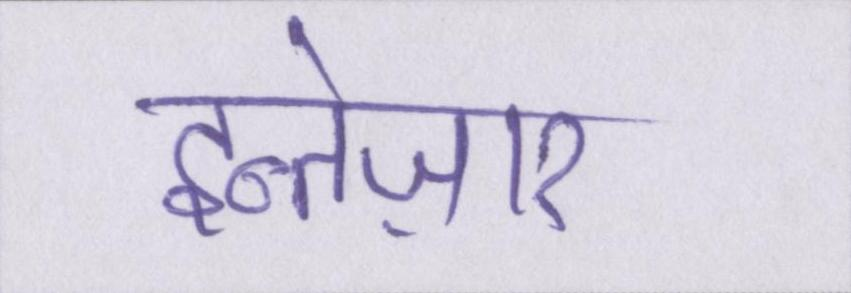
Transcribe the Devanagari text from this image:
इन्तेज़ार